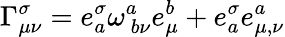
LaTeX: \Gamma_{\mu\nu}^{\sigma}=e_{a}^{\sigma}\omega_{\ b\nu}^{a}e_{\mu}^{b}+e_{a}^{\sigma}e_{\mu,\nu}^{a}